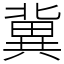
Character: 冀